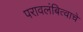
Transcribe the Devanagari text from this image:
परावलंबित्वाचे